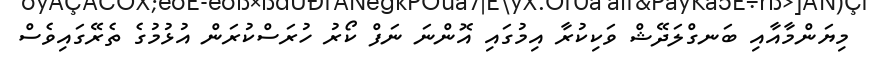
މިޔަންމާއާއި ބަނގްލަދޭޝް ވަކިކުރާ އިމުގައި އޮންނަ ނަފް ކޯރު ހުރަސްކުރަން އުޅުމުގެ ތެރޭގައިވެސް